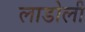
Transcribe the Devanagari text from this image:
लाडोली